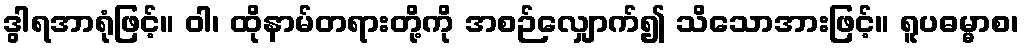
ဒွါရအာရုံဖြင့်။ ဝါ၊ ထိုနာမ်တရားတို့ကို အစဉ်လျှောက်၍ သိသောအားဖြင့်။ ရူပဓမ္မာစ၊